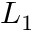
L _ { 1 }